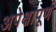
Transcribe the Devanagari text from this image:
अपेक्षापूर्ण